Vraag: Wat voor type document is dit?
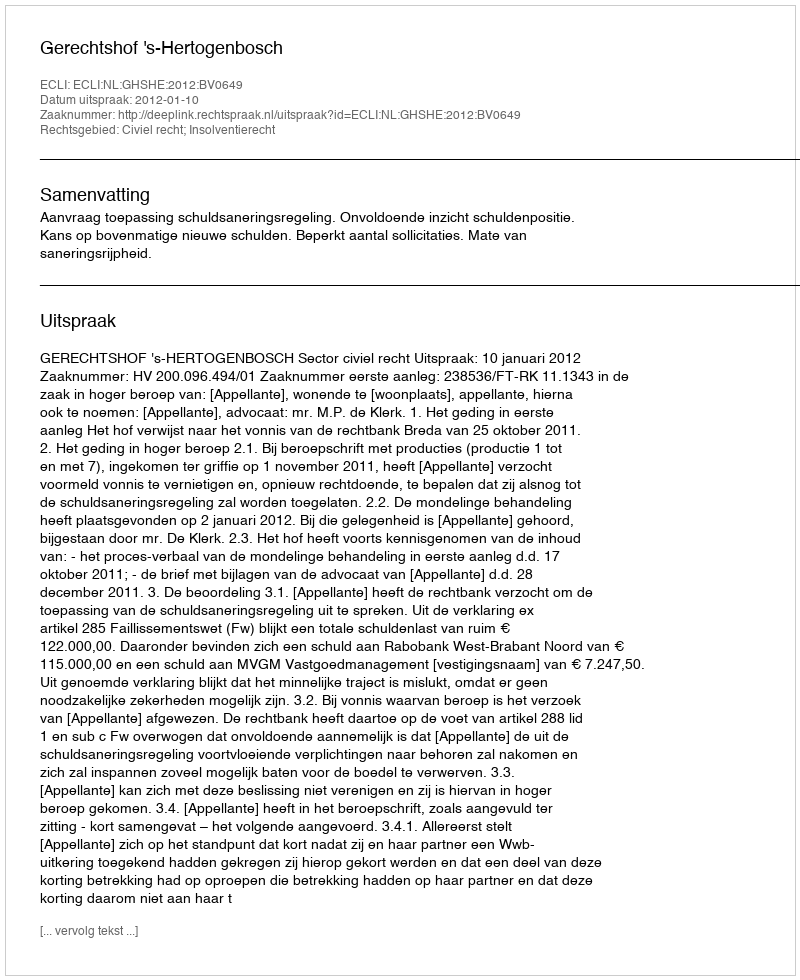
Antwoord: Uitspraak